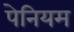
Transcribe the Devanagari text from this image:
पेनियम